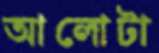
আলোটা